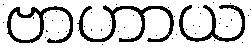
ဗာဟာယ